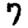
Digit: 7